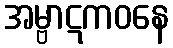
အမ္ဗာဋကဝနေ